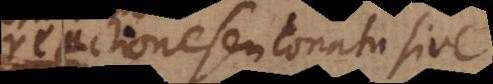
reactione seu conatu sive